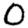
Digit: 0